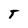
Character: T